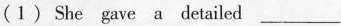
(1) She gave a detailed ___